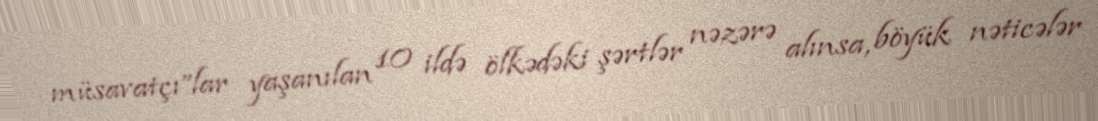
müsavatçı”lar yaşanılan 10 ildə ölkədəki şərtlər nəzərə alınsa, böyük nəticələr